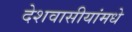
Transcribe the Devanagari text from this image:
देशवासीयांमधे